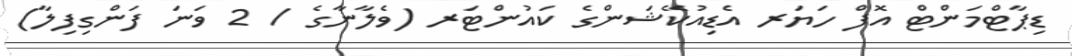
ޑިޕާޓްމަންޓް އޮފް ހަޔަރ އެޑިއުކޭޝަންގެ ކައުންޓަރ (ވެލާނާގެ / 2 ވަނަ ފަންގިފިލާ)